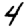
Digit: 4